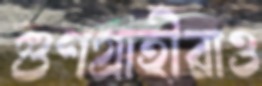
গুণগ্রাহীরাও